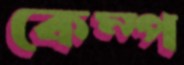
কেম্প